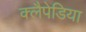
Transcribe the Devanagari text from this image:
क्लैपेडिया